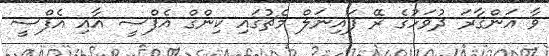
ވާ އަންގާރަ ދުވަހުގެ ރޭ ފައިނަލް މެޗުގައި ކިންގް އެފްސީ އާއި އެފްސީ